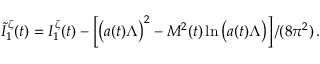
\tilde { I } _ { 1 } ^ { \zeta } ( t ) = I _ { 1 } ^ { \zeta } ( t ) - \left[ \left( a ( t ) \Lambda \vphantom { ^ 2 } \right) ^ { 2 } - M ^ { 2 } ( t ) \ln \left( a ( t ) \Lambda \vphantom { ^ 2 } \right) \right] / ( 8 \pi ^ { 2 } ) \, .